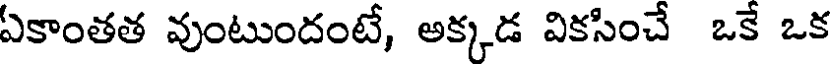
ఏకాంతత వుంటుందంటే, అక్కడ వికసించే ఒకే ఒక